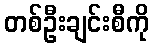
တစ်ဦးချင်းစီကို